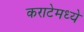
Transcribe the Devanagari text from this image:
कराटेमध्ये